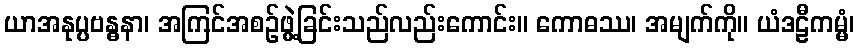
ယာအနုပ္ပဗန္ဓနာ၊ အကြင်အစဉ်ဖွဲ့ခြင်းသည်လည်းကောင်း။ ကောဓဿ၊ အမျက်ကို။ ယံဒဠီကမ္မံ၊